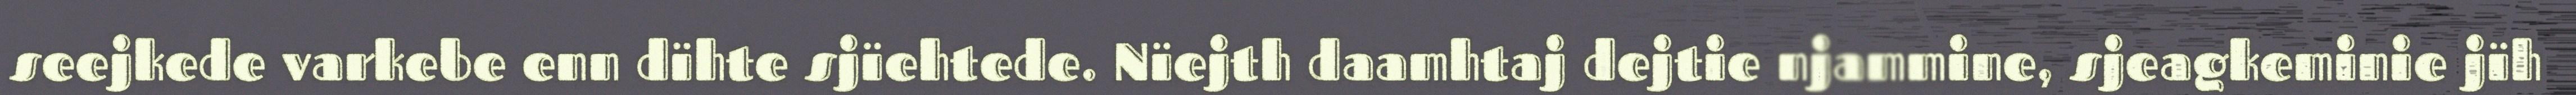
seejkede varkebe enn dïhte sjïehtede. Nïejth daamhtaj dejtie njammine, sjeagkeminie jïh